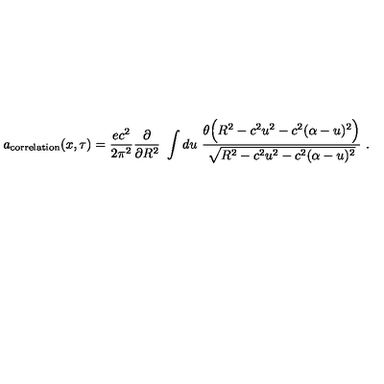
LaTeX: a _ { \mathrm { c o r r e l a t i o n } } ( x , \tau ) = \frac { e c ^ { 2 } } { 2 \pi ^ { 2 } } \frac { \partial } { \partial R ^ { 2 } } \ \int d u \ \frac { \theta \Bigl ( R ^ { 2 } - c ^ { 2 } u ^ { 2 } - c ^ { 2 } ( \alpha - u ) ^ { 2 } \Bigr ) } { \sqrt { R ^ { 2 } - c ^ { 2 } u ^ { 2 } - c ^ { 2 } ( \alpha - u ) ^ { 2 } } } \ .